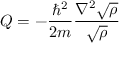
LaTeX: Q = - { \frac { \hbar ^ { 2 } } { 2 m } } { \frac { \nabla ^ { 2 } { \sqrt { \rho } } } { \sqrt { \rho } } }